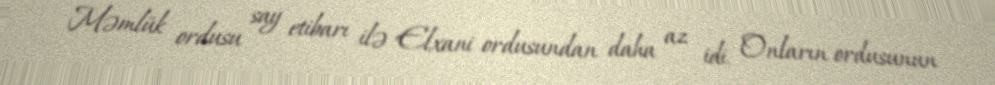
Məmlük ordusu say etibarı ilə Elxani ordusundan daha az idi. Onların ordusunun